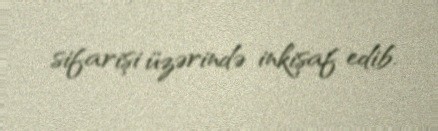
sifarişi üzərində inkişaf edib.